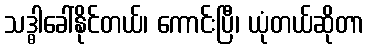
သဒ္ဓါခေါ်နိုင်တယ်၊ ကောင်းပြီ၊ ယုံတယ်ဆိုတာ